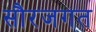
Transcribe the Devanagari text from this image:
सौरजगत